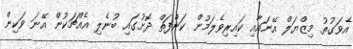
އެވަގުތު މިޒްޔަލް އޭނައާއި ކައިރިވެލަމުން ކަންފަތް ދޮށުގައި ބުނެލި އެއްޗަކުން އޭނަ ވަކިން